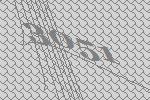
3051